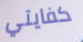
كفايتي